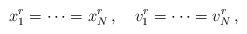
LaTeX: \begin{align*}x^r_1 = \cdots = x^r_N\,, \quad v_1^r = \cdots = v_N^r\,,\end{align*}